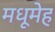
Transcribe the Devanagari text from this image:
मधूमेह